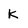
Character: k